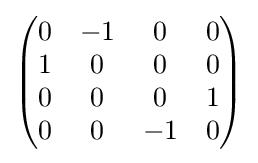
{\begin{pmatrix}0&-1&0&0\\1&0&0&0\\0&0&0&1\\0&0&-1&0\end{pmatrix}}